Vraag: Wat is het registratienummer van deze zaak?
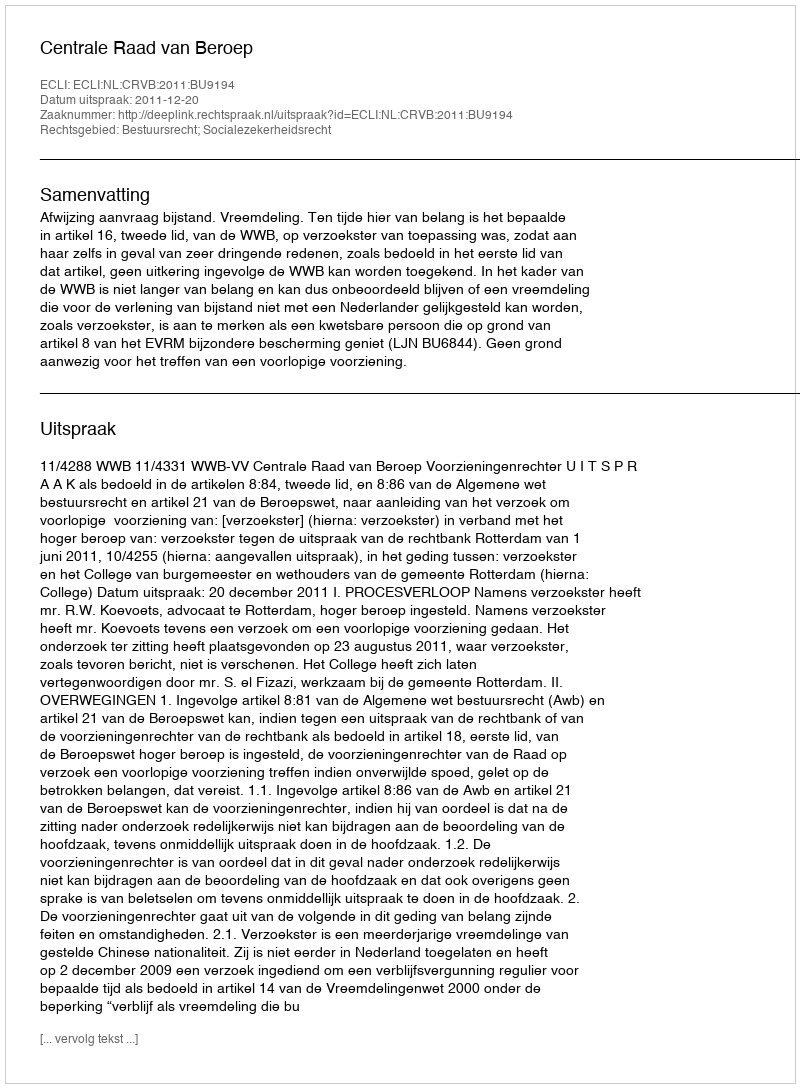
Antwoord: http://deeplink.rechtspraak.nl/uitspraak?id=ECLI:NL:CRVB:2011:BU9194